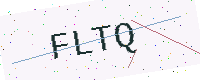
Text: FLTQ